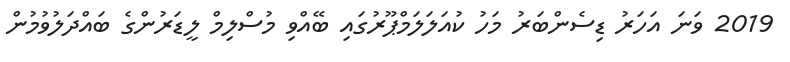
2019 ވަނަ އަހަރު ޑިސެންބަރު މަހު ކުއަލަލަމްޕޫރުގައި ބޭއްވި މުސްލިމް ލީޑަރުންގެ ބައްދަލުވުމުން